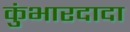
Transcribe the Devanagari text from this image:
कुंभारदादा